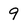
Character: 9